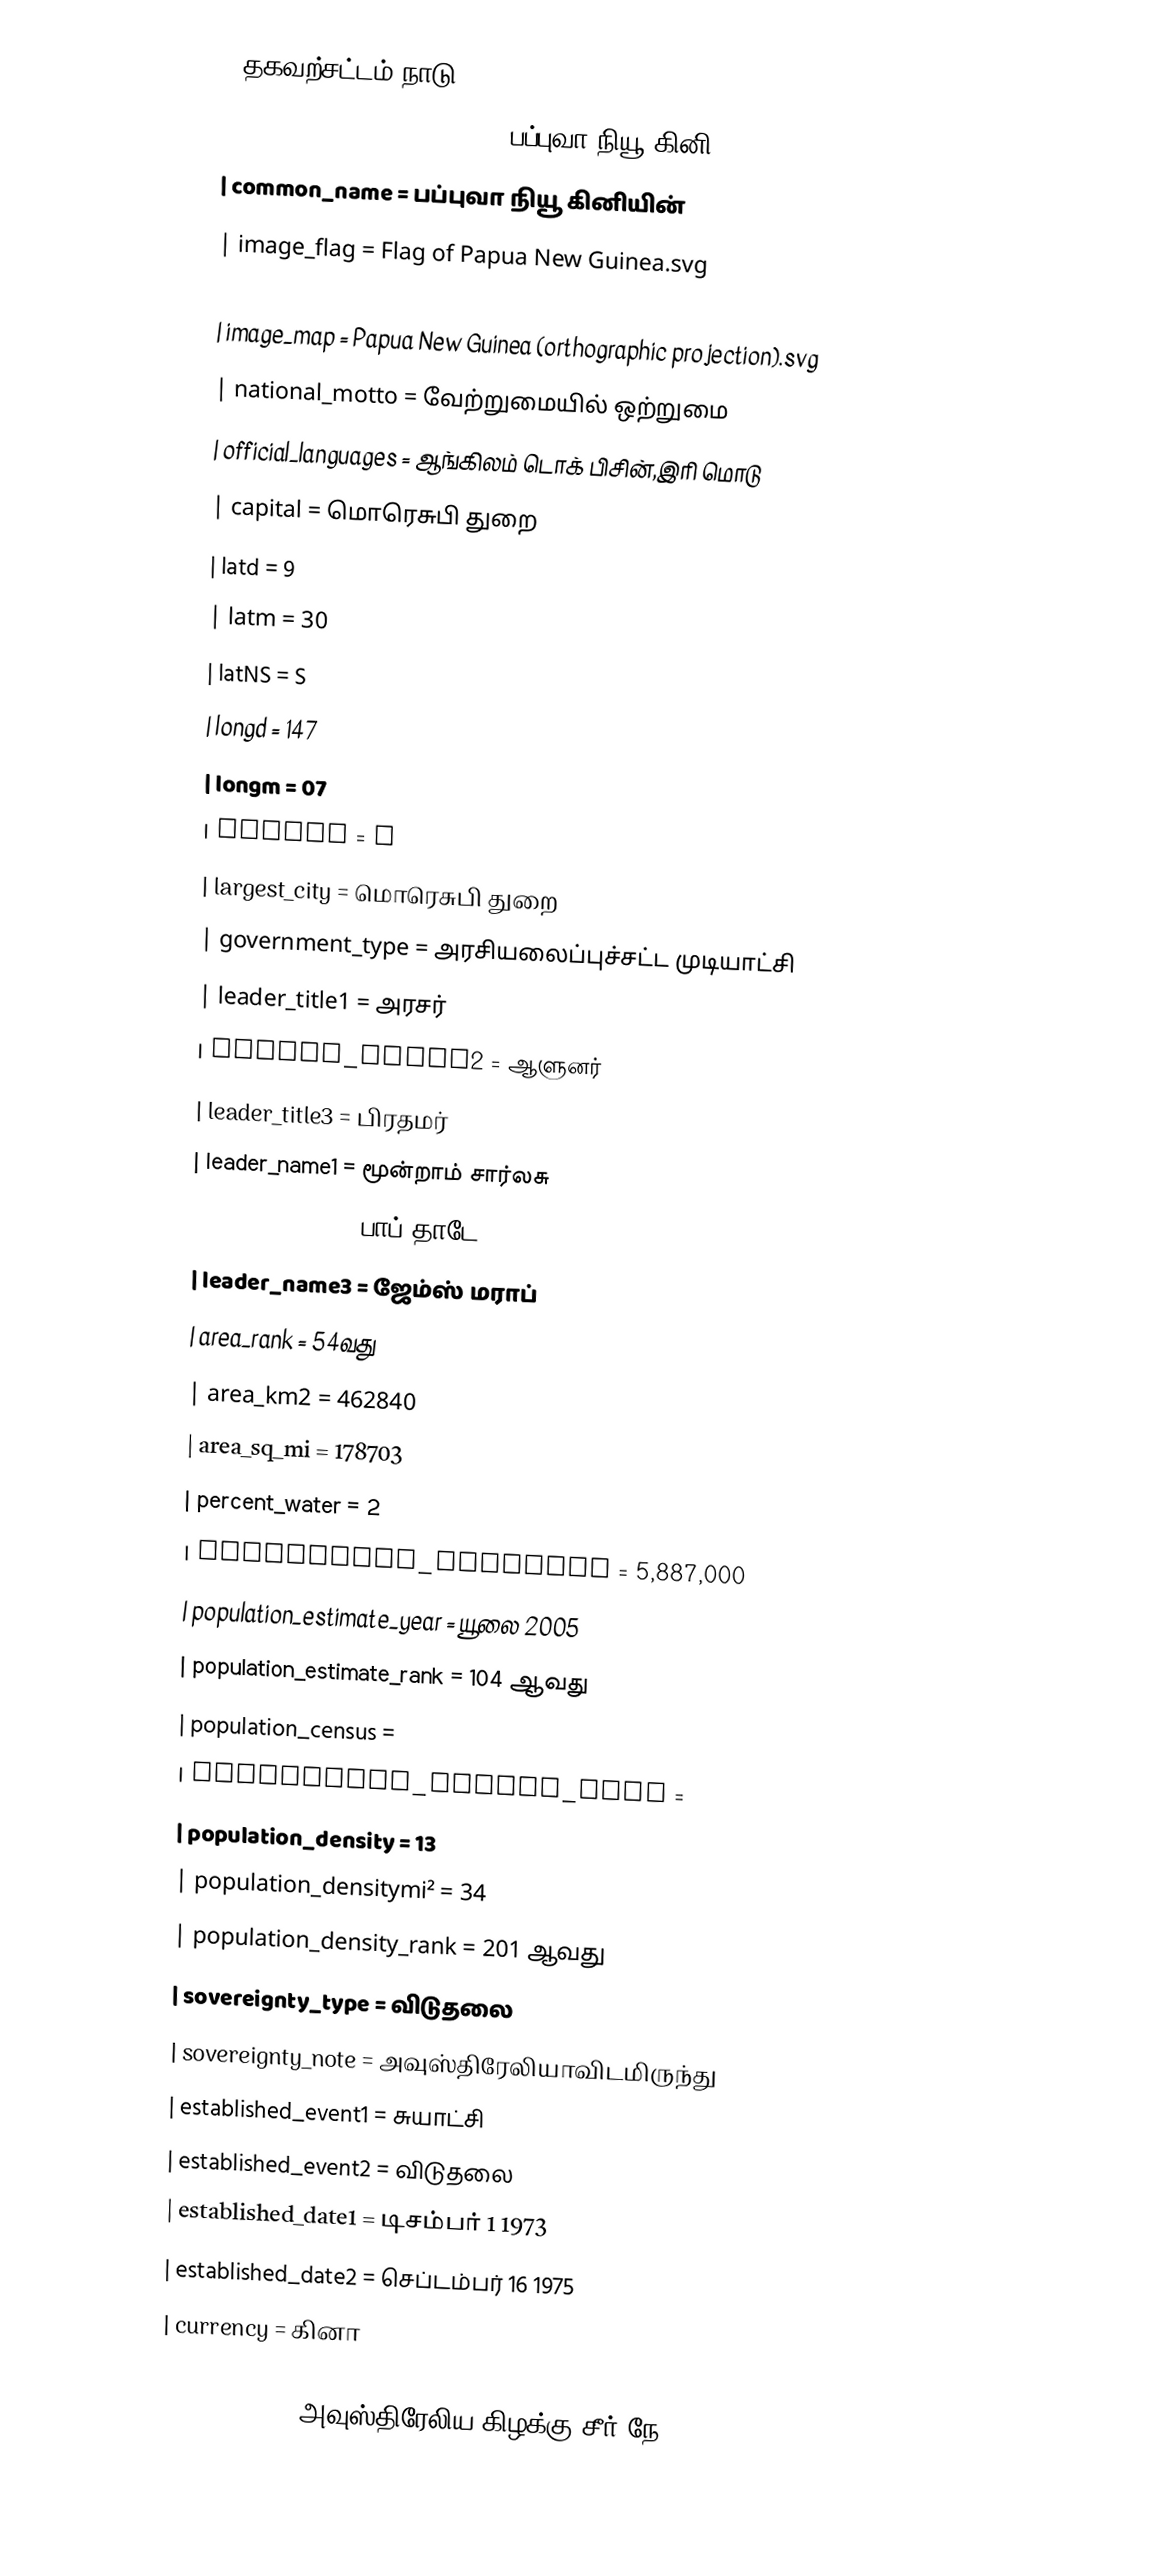
{{தகவற்சட்டம் நாடு
| native_name                = Papua Niuginiபப்புவா நியூ கினிPapua New Guinea
| common_name                = பப்புவா நியூ கினியின்
| image_flag                = Flag of Papua New Guinea.svg
| image_coat                = National emblem of Papua New Guinea.svg
| image_map                = Papua New Guinea (orthographic projection).svg
| national_motto                = வேற்றுமையில் ஒற்றுமை
| official_languages                = ஆங்கிலம் டொக் பிசின்,இரி மொடு
| capital                = மொரெசுபி துறை
| latd                = 9
| latm                = 30
| latNS                = S
| longd                = 147
| longm                = 07
| longEW                = E
| largest_city                = மொரெசுபி துறை
| government_type                = அரசியலைப்புச்சட்ட முடியாட்சி
| leader_title1                = அரசர்
| leader_title2                = ஆளுனர்
| leader_title3                = பிரதமர்
| leader_name1                = மூன்றாம் சார்லசு
| leader_name2                = பாப் தாடே
| leader_name3                = ஜேம்ஸ் மராப்
| area_rank                = 54வது
| area_km2                = 462840
| area_sq_mi                = 178703
| percent_water                = 2
| population_estimate                = 5,887,000
| population_estimate_year                = யூலை 2005
| population_estimate_rank                = 104 ஆவது
| population_census                =
| population_census_year                =
| population_density                = 13
| population_densitymi²                = 34
| population_density_rank                = 201 ஆவது
| sovereignty_type                = விடுதலை
| sovereignty_note                = அவுஸ்திரேலியாவிடமிருந்து
| established_event1                = சுயாட்சி
| established_event2                = விடுதலை
| established_date1                = டிசம்பர் 1 1973
| established_date2                = செப்டம்பர் 16 1975
| currency                = கினா
| currency_code                = PGK
| time_zone                = அவுஸ்திரேலிய கிழக்கு சீர் நே